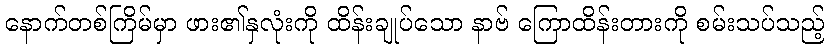
နောက်တစ်ကြိမ်မှာ ဖား၏နှလုံးကို ထိန်းချုပ်သော နာဗ် ကြောထိန်းတားကို စမ်းသပ်သည့်